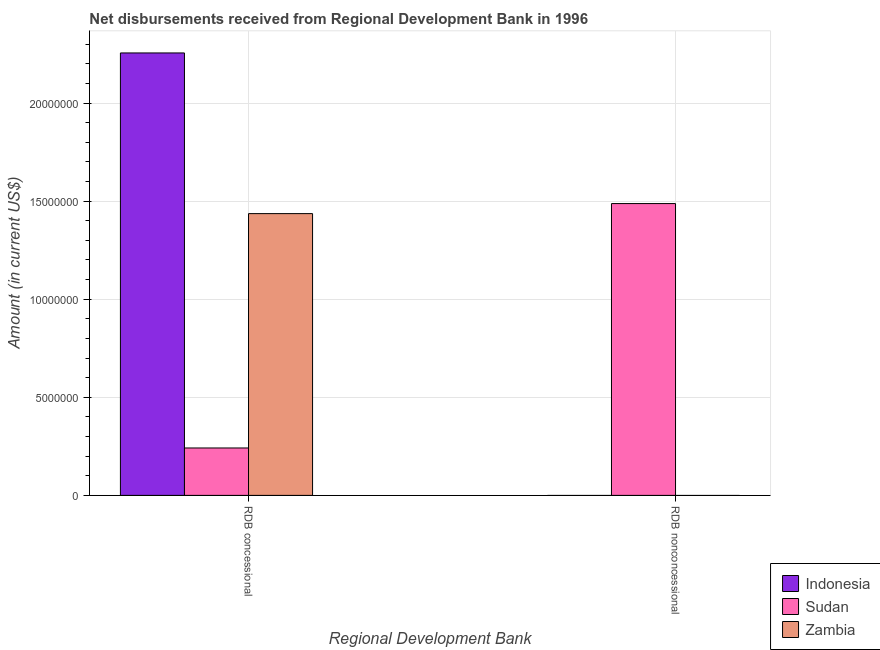
| Regional Development Bank | Indonesia | Sudan | Zambia |
 | --- | --- | --- | --- |
 | RDB concessional | 2.26e+07 | 2.42e+06 | 1.44e+07 |
 | RDB nonconcessional | -8.34e+08 | 1.49e+07 | -1.45e+07 |